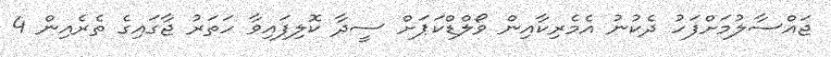
ޖައްސާލުމަށްފަހު ދެކުނު އެމެރިކާއިން ވޯލްޑްކަޕަށް ސީދާ ކޮލިފައިވާ ހަތަރު ޖާގައިގެ ތެރެއިން 4